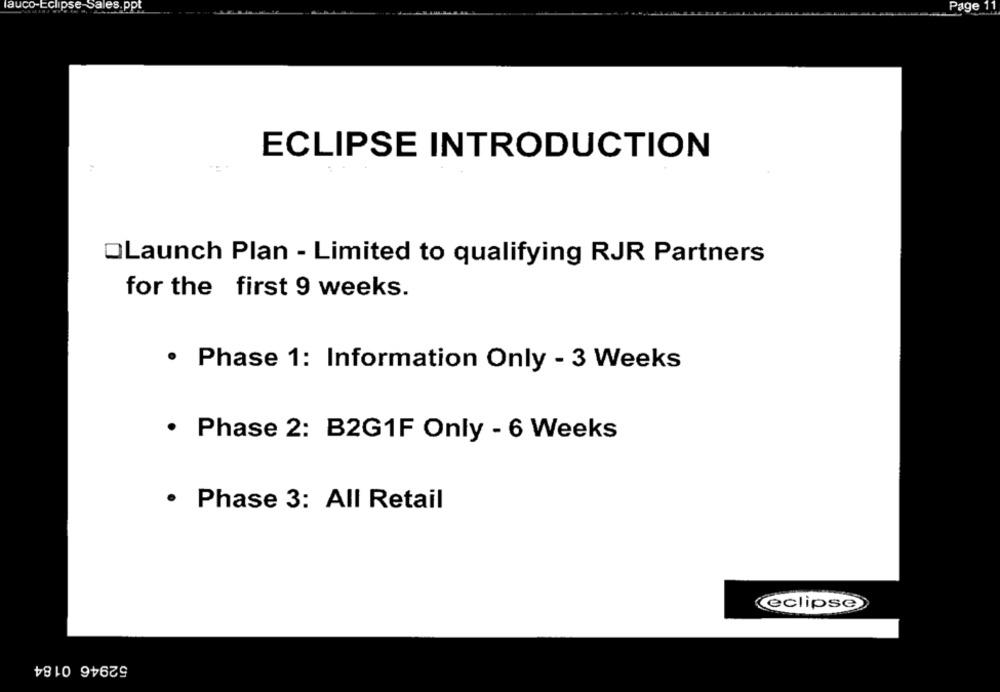
auco-Eclipse Sales.ppt
Page 11
ECLIPSE INTRODUCTION
OLaunch Plan - Limited to qualifying RJR Partners
for the first 9 weeks.
Phase 1: Information Only - 3 Weeks
· Phase 2: B2G1F Only - 6 Weeks
· Phase 3: All Retail
eclipse
52946 0184